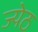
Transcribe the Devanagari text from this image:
ज्येठ